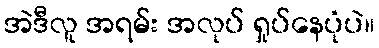
အဲဒီလူ အရမ်း အလုပ် ရှုပ်နေပုံပဲ။